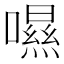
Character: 𡀾